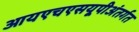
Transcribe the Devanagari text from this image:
आयएचएसयूपीअंतर्गत